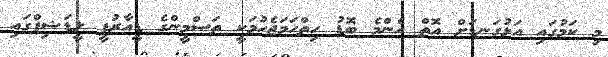
މި ކަމުގައި އަޅުގަނޑަށް އޮތް އެންމެ ބޮޑު ހިތްހަމަޖެހުމަކީ ތަސްމީންގެ ޑީއާރުޕީ ލީޑަޝިޕްގައި